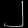
Digit: ၂